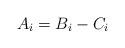
LaTeX: \begin{align*}A_{i}=B_{i}-C_{i}\end{align*}